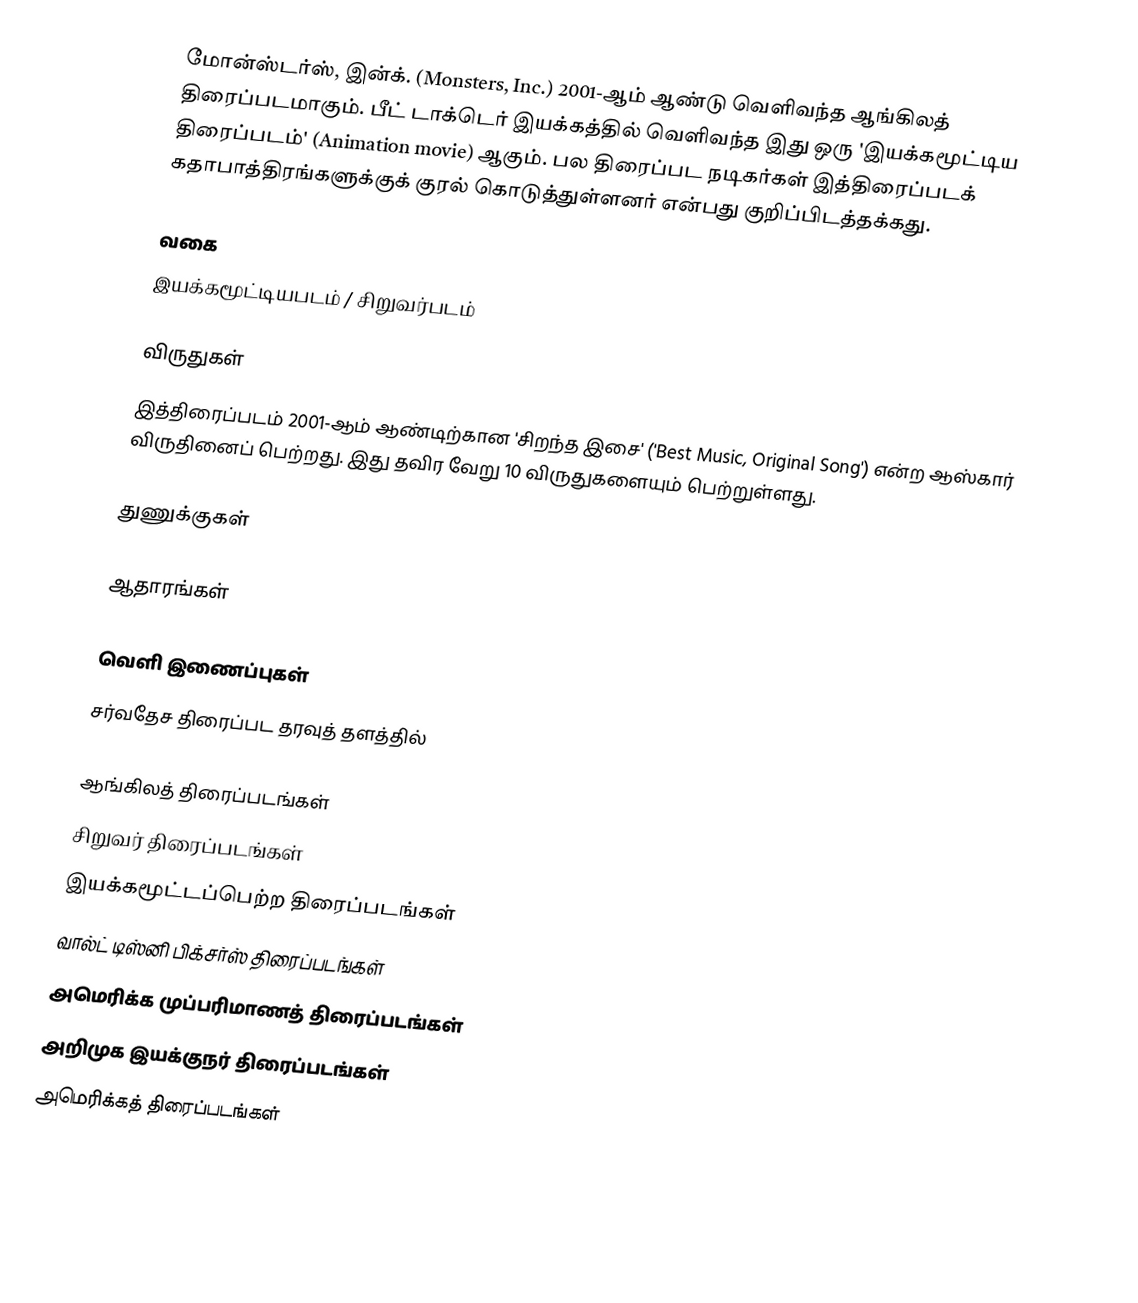
மோன்ஸ்டர்ஸ், இன்க். (Monsters, Inc.) 2001-ஆம் ஆண்டு வெளிவந்த ஆங்கிலத் திரைப்படமாகும். பீட் டாக்டெர் இயக்கத்தில் வெளிவந்த இது ஒரு 'இயக்கமூட்டிய திரைப்படம்' (Animation movie) ஆகும். பல திரைப்பட நடிகர்கள் இத்திரைப்படக் கதாபாத்திரங்களுக்குக் குரல் கொடுத்துள்ளனர் என்பது குறிப்பிடத்தக்கது.

வகை
இயக்கமூட்டியபடம் / சிறுவர்படம்

விருதுகள்
இத்திரைப்படம் 2001-ஆம் ஆண்டிற்கான 'சிறந்த இசை' ('Best Music, Original Song') என்ற ஆஸ்கார் விருதினைப் பெற்றது. இது தவிர வேறு 10 விருதுகளையும் பெற்றுள்ளது.

துணுக்குகள்

ஆதாரங்கள்

வெளி இணைப்புகள்
 சர்வதேச திரைப்பட தரவுத் தளத்தில்

ஆங்கிலத் திரைப்படங்கள்
சிறுவர் திரைப்படங்கள்
இயக்கமூட்டப்பெற்ற திரைப்படங்கள்
வால்ட் டிஸ்னி பிக்சர்ஸ் திரைப்படங்கள்
அமெரிக்க முப்பரிமாணத் திரைப்படங்கள்
அறிமுக இயக்குநர் திரைப்படங்கள்
அமெரிக்கத் திரைப்படங்கள்